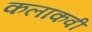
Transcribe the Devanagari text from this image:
कलाकवी